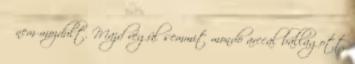
ő nem mozdult. Majd végül semmit mondó arccal ballagott